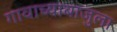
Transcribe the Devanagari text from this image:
गावाच्याबाजुला